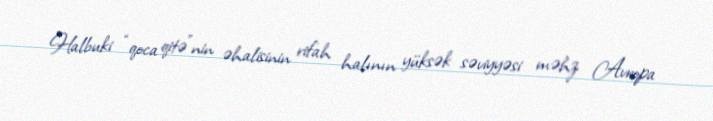
Halbuki “qoca qitə”nin əhalisinin rifah halının yüksək səviyyəsi məhz Avropa